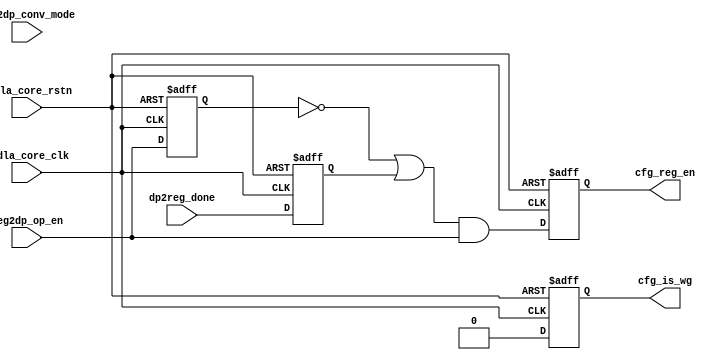
// ================================================================
// NVDLA Open Source Project
//
// Copyright(c) 2016 - 2017 NVIDIA Corporation. Licensed under the
// NVDLA Open Hardware License; Check "LICENSE" which comes with
// this distribution for more information.
// ================================================================
module NV_NVDLA_CMAC_CORE_cfg (
   nvdla_core_clk
  ,nvdla_core_rstn
  ,dp2reg_done
  ,reg2dp_conv_mode
  ,reg2dp_op_en
  ,cfg_is_wg
  ,cfg_reg_en
  );
input nvdla_core_clk;
input nvdla_core_rstn;
input dp2reg_done;
input reg2dp_conv_mode;
input reg2dp_op_en;
output cfg_is_wg;
output cfg_reg_en;
wire cfg_is_wg_w;
wire cfg_reg_en_w;
//: &eperl::flop(" -q  op_en_d1  -d \"reg2dp_op_en\" -clk nvdla_core_clk -rst nvdla_core_rstn ");
//: &eperl::flop(" -q  op_done_d1  -d \"dp2reg_done\" -clk nvdla_core_clk -rst nvdla_core_rstn ");
//: &eperl::flop(" -q  cfg_reg_en  -d \"cfg_reg_en_w\" -clk nvdla_core_clk -rst nvdla_core_rstn ");
//: &eperl::flop(" -q  cfg_is_wg  -d \"cfg_is_wg_w\" -clk nvdla_core_clk -rst nvdla_core_rstn ");
//: &eperl::flop(" -q  cfg_reg_en_d1  -d \"cfg_reg_en\" -clk nvdla_core_clk -rst nvdla_core_rstn ");
//| eperl: generated_beg (DO NOT EDIT BELOW)
reg  op_en_d1;
always @(posedge nvdla_core_clk or negedge nvdla_core_rstn) begin
   if (!nvdla_core_rstn) begin
       op_en_d1 <= 'b0;
   end else begin
       op_en_d1 <= reg2dp_op_en;
   end
end
reg  op_done_d1;
always @(posedge nvdla_core_clk or negedge nvdla_core_rstn) begin
   if (!nvdla_core_rstn) begin
       op_done_d1 <= 'b0;
   end else begin
       op_done_d1 <= dp2reg_done;
   end
end
reg  cfg_reg_en;
always @(posedge nvdla_core_clk or negedge nvdla_core_rstn) begin
   if (!nvdla_core_rstn) begin
       cfg_reg_en <= 'b0;
   end else begin
       cfg_reg_en <= cfg_reg_en_w;
   end
end
reg  cfg_is_wg;
always @(posedge nvdla_core_clk or negedge nvdla_core_rstn) begin
   if (!nvdla_core_rstn) begin
       cfg_is_wg <= 'b0;
   end else begin
       cfg_is_wg <= cfg_is_wg_w;
   end
end
reg  cfg_reg_en_d1;
always @(posedge nvdla_core_clk or negedge nvdla_core_rstn) begin
   if (!nvdla_core_rstn) begin
       cfg_reg_en_d1 <= 'b0;
   end else begin
       cfg_reg_en_d1 <= cfg_reg_en;
   end
end

//| eperl: generated_end (DO NOT EDIT ABOVE)
assign cfg_reg_en_w = (~op_en_d1 | op_done_d1) & reg2dp_op_en;
assign cfg_is_wg_w = 1'b0;
endmodule // NV_NVDLA_CMAC_CORE_cfg